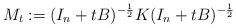
LaTeX: \begin{align*} M_t := (I_n+tB)^{-\frac{1}{2}} K (I_n+tB)^{-\frac{1}{2}} \end{align*}